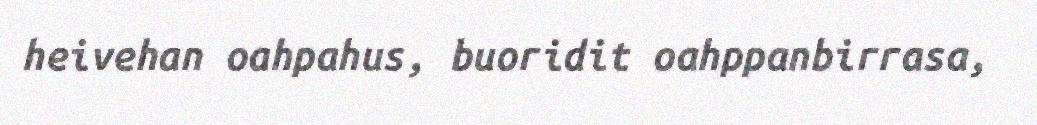
heivehan oahpahus, buoridit oahppanbirrasa,